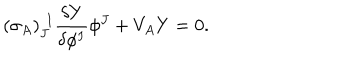
( \sigma _ { A } ) _ { J } ^ { ~ ~ \! I } \frac { \delta Y } { \delta \phi ^ { I } } \phi ^ { J } + V _ { A } Y = 0 .